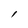
Character: l